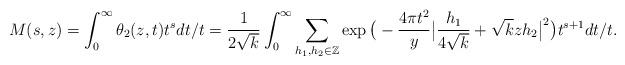
LaTeX: \begin{align*} M(s,z)&= \int_{0}^{\infty} \theta_2(z,t)t^{s}dt/t=\frac{1}{2\sqrt{k}}\int_{0}^{\infty} \sum_{h_1,h_2 \in \mathbb{Z}} \exp\big( -\frac{4\pi t^2}{y} \big| \frac{h_1}{4\sqrt{k}} +\sqrt{k}zh_2\big|^2\big) t^{s+1} dt/t. \end{align*}